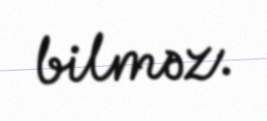
bilməz.